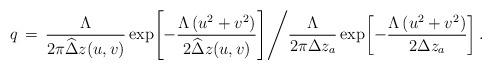
LaTeX: \begin{align*}q \,=\, \frac{\Lambda}{2\pi\widehat\Delta z(u,v)} \exp{\!\left[-\frac{\Lambda \left(u^2+v^2\right)}{2\widehat\Delta z(u,v)}\right]}\Biggr/\frac{\Lambda}{2\pi\Delta z_a}\exp{\!\left[-\frac{\Lambda \left(u^2+v^2\right)}{2 \Delta z_a}\right]}\,.\end{align*}